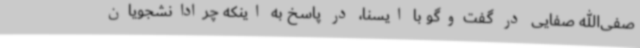
صفی‌الله صفایی در گفت‌وگو با ایسنا، در پاسخ به اینکه چرادانشجویان